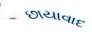
છાયાવાદ